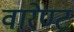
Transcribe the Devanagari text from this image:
वारेण्ट